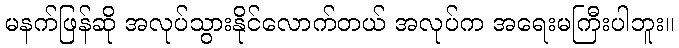
မနက်ဖြန်ဆို အလုပ်သွားနိုင်လောက်တယ် အလုပ်က အရေးမကြီးပါဘူး။